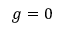
g = 0